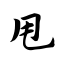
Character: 甩